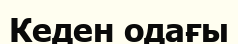
Кеден одағы